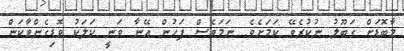
މާބޮޑަށް ގަބޫލު ނުކުރެވޭ ކަމަށެވެ. ނަމަވެސް ފަހުން އޭނާ ވަނީ ކަލަކު ވޮޑިގެންވާކަން